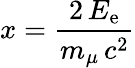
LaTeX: x={\frac{2\, E_{\mathrm{e}}}{m_{\mu}\, c^{2}}}